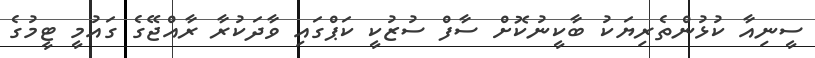
ސީނިއާ ކުޅުންތެރިޔަކު ބާކީނުކޮށް ސާފް ސުޒުކީ ކަޕްގައި ވާދަކުރާ ރާއްޖޭގެ ގައުމީ ޓީމުގެ